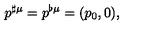
p ^ { \sharp \mu } = p ^ { \flat \mu } = ( p _ { 0 } , 0 ) ,